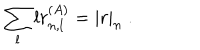
LaTeX: \sum _ { l } l r _ { n , l } ^ { ( A ) } = | r | _ { n } ~ .